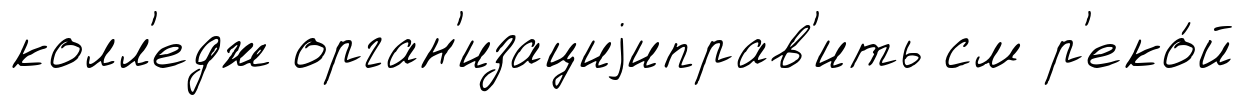
колл'едж орган'изациjиправ'ить см р'еко́й